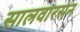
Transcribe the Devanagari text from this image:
सालवारसन